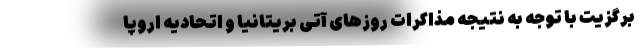
برگزیت با توجه به نتیجه مذاکرات روزهای آتی بریتانیا و اتحادیه اروپا